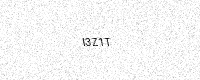
Text: I3Z1T